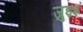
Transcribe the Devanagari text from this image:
जुइश